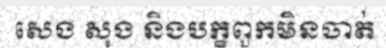
សេង សុង និងបក្ខពួកមិនចាត់